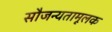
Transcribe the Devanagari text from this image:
सौजन्यतामूलक